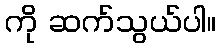
ကို ဆက်သွယ်ပါ။